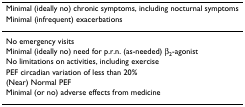
| Minimal (ideally no) chronic symptoms, including nocturnal symptoms |
 | Minimal (infrequent) exacerbations |
 | --- |
 | No emergency visits |
 | Minimal (ideally no) need for p.r.n. (as-needed) β2-agonist |
 | No limitations on activities, including exercise |
 | PEF circadian variation of less than 20% |
 | (Near) Normal PEF |
 | Minimal (or no) adverse effects from medicine |